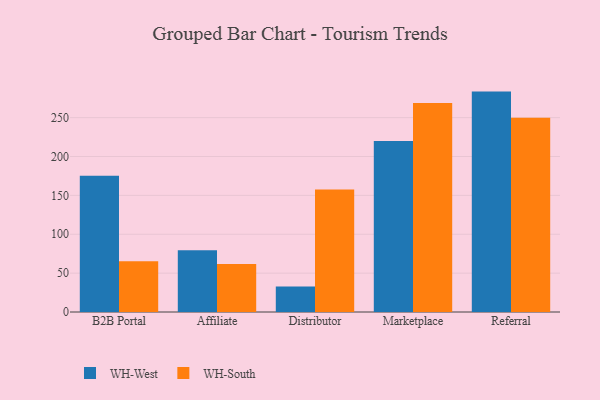
{"axis": {"x": "Channel", "y": "Tickets Resolved"}, "legend": ["WH-South", "WH-West"], "data": [{"x": "B2B Portal", "y": 175.1, "type": "WH-West"}, {"x": "B2B Portal", "y": 65.3, "type": "WH-South"}, {"x": "Affiliate", "y": 79.3, "type": "WH-West"}, {"x": "Affiliate", "y": 61.7, "type": "WH-South"}, {"x": "Distributor", "y": 32.8, "type": "WH-West"}, {"x": "Distributor", "y": 157.5, "type": "WH-South"}, {"x": "Marketplace", "y": 219.8, "type": "WH-West"}, {"x": "Marketplace", "y": 268.9, "type": "WH-South"}, {"x": "Referral", "y": 283.5, "type": "WH-West"}, {"x": "Referral", "y": 249.9, "type": "WH-South"}]}